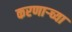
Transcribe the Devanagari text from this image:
करणार्‍च्या